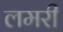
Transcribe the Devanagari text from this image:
लमरी